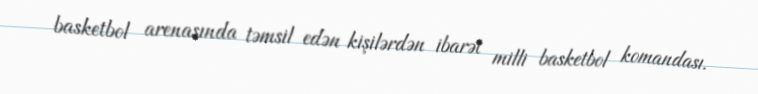
basketbol arenasında təmsil edən kişilərdən ibarət milli basketbol komandası.